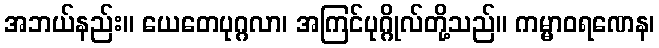
အဘယ်နည်း။ ယေတေပုဂ္ဂလာ၊ အကြင်ပုဂ္ဂိုလ်တို့သည်။ ကမ္မာဝရဏေန၊